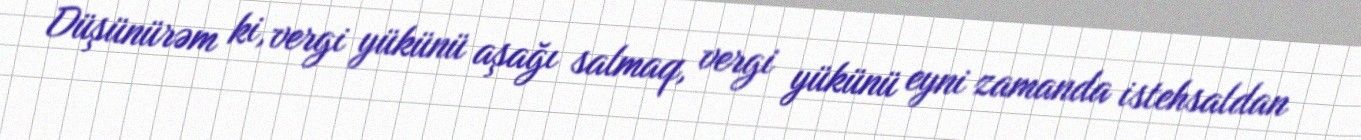
Düşünürəm ki, vergi yükünü aşağı salmaq, vergi yükünü eyni zamanda istehsaldan